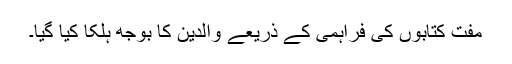
مفت کتابوں کی فراہمی کے ذریعے والدین کا بوجھ ہلکا کیا گیا۔